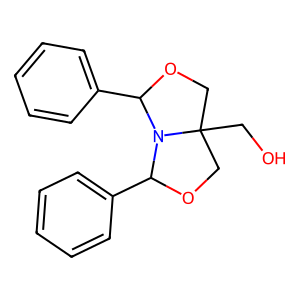
SMILES: OCC12COC(c3ccccc3)N1C(c1ccccc1)OC2
Inhibits HIV replication: No